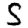
Digit: 5